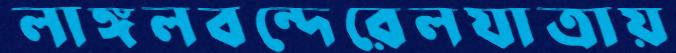
লাঙ্গলবন্দেরেলযাত্রায়